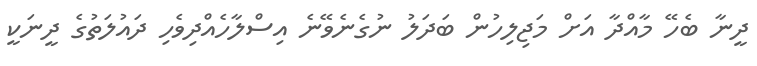
ދީނާ ބެހޭ މާއްދާ އަށް މަޖިލިހުން ބަދަލު ނުގެނެވޭނެ އިސްލާހެއްދިވެހި ދައުލަތުގެ ދީނަކީ